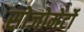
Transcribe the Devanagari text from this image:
सोजोमेर्टो